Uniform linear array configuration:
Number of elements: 32
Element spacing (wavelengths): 0.75
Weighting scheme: cosine
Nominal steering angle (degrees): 30
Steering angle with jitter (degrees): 28.828
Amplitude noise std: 0.05
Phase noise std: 0.05

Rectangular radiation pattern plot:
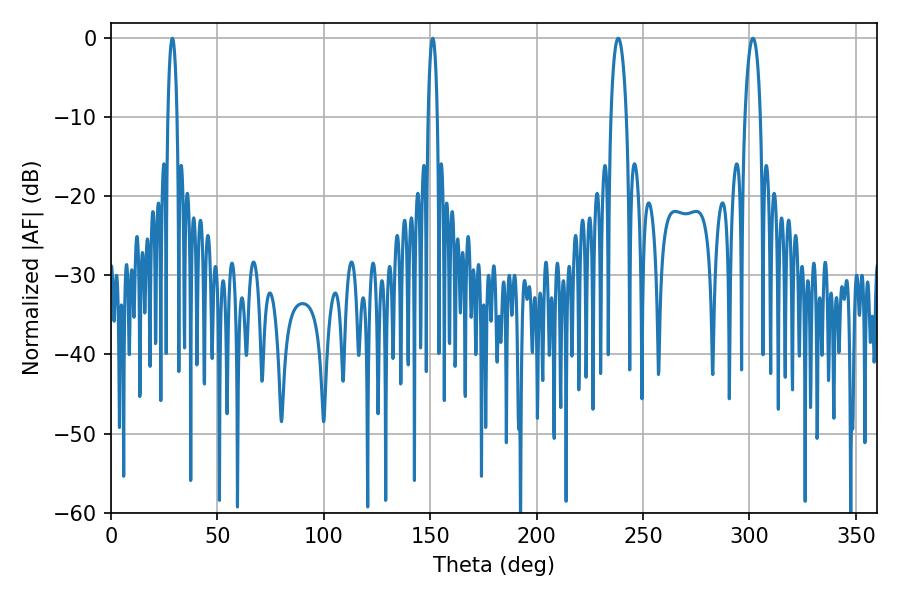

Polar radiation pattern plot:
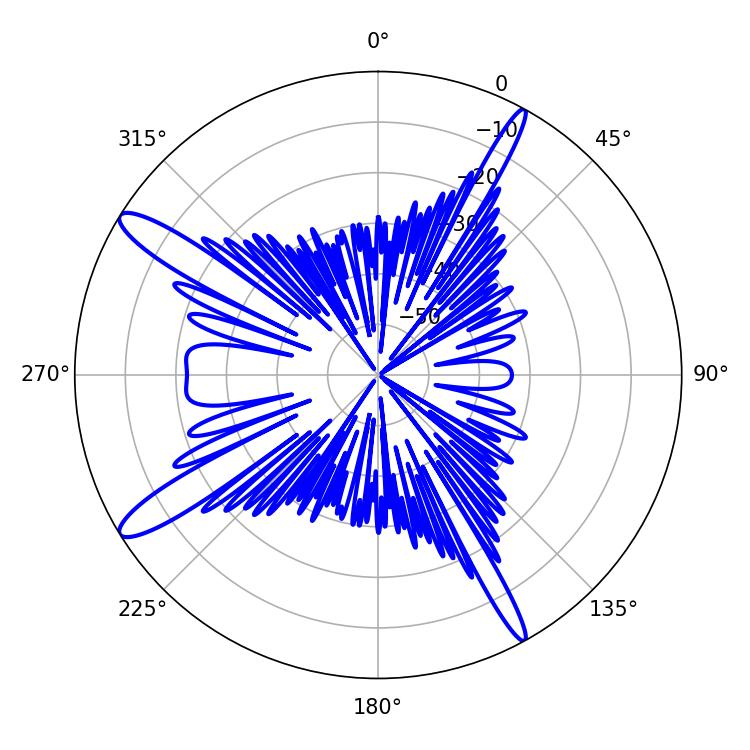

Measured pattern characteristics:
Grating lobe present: TRUE
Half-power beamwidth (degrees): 4.14
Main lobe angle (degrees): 238.32